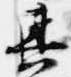
其